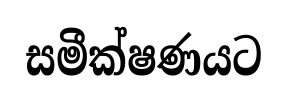
සමීක්ෂණයට